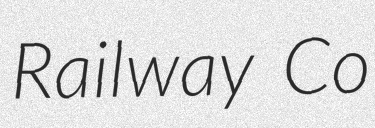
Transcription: Railway Co